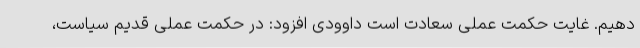
دهیم. غایت حکمت عملی سعادت است داوودی افزود: در حکمت عملی قدیم سیاست،